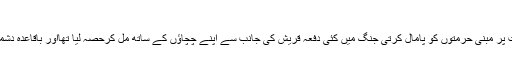
(سیرت ابن ہشام،مترجم ص174،عبداللہ اکیڈمی لاہور)
یہ ایک انتہائی طویل جنگ تھی اور محمد صلعم نے بھی اس عصبیت پر مبنی حرمتوں کو پامال کرتی جنگ میں کئی دفعہ قریش کی جانب سے اپنے چچاؤں کے ساتھ مل کرحصہ لیا تھااور باقاعدہ دشمنوں کی طرف سے آنے والے تیر اٹھا اٹھا کر اپنے چچاؤں کو دیتے۔